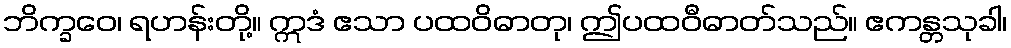
ဘိက္ခဝေ၊ ရဟန်းတို့။ ဣဒံ ဧသာ ပထဝိဓာတု၊ ဤပထဝီဓာတ်သည်။ ဧကန္တသုခါ၊